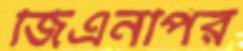
জিএনপির